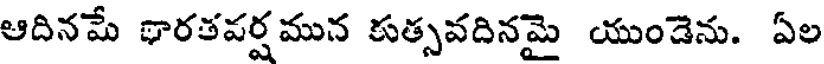
ఆదినమే భారతవర్షమున కుత్సవదినమై యుండెను. ఏల